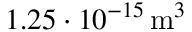
1 . 2 5 \cdot 1 0 ^ { - 1 5 } \, \mathrm { m } ^ { 3 }